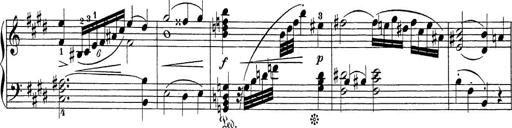
Title: Sonatina Album
Composer: Louis KÃ¶hler